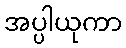
အပ္ပါယုကာ